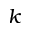
k